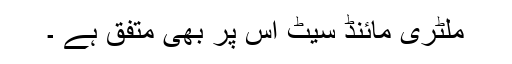
ملٹری مائنڈ سیٹ اس پر بھی متفق ہے ۔